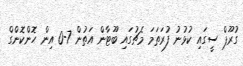
ގުރޫޕް ސީގައި ކުޅުނު ފުރަތަމަ މެޗުގައި ބޫޓާން އަތުން 7-0 އިން ހޮންކޮންގް